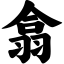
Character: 翕